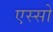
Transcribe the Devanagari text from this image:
एस्सो